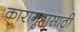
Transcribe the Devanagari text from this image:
कारागृहासाठी